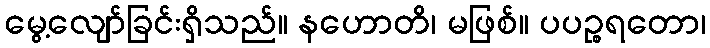
မွေ့လျော်ခြင်းရှိသည်။ နဟောတိ၊ မဖြစ်။ ပပဉ္စရတော၊